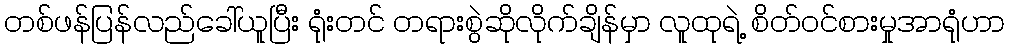
တစ်ဖန်ပြန်လည်ခေါ်ယူပြီး ရုံးတင် တရားစွဲဆိုလိုက်ချိန်မှာ လူထုရဲ့ စိတ်ဝင်စားမှုအာရုံဟာ